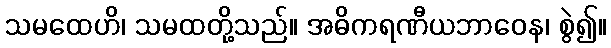
သမထေဟိ၊ သမထတို့သည်။ အဓိကရဏီယဘာဝေန၊ စွဲ၍။